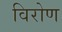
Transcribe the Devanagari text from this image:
विरोण